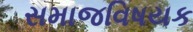
સમાજવિષયક